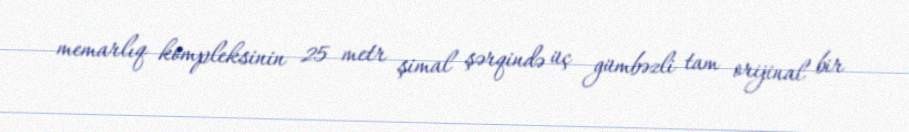
memarlıq kompleksinin 25 metr şimal şərqində üç gümbəzli tam orijinal bir